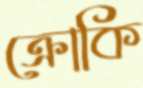
ক্রোকি